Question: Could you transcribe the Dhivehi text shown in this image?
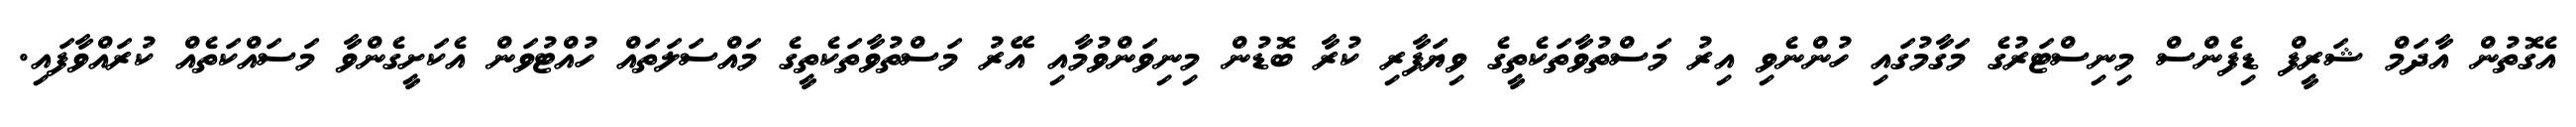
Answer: އެގޮތުން އާދަމް ޝަރީފް ޑިފެންސް މިނިސްޓަރުގެ މަގާމުގައި ހުންނެވި އިރު މަސްތުވާތަކެތީގެ ވިޔަފާރި ކުރާ ބޮޑުން މިނިވަންވުމާއި އޭރު މަސްތުވާތަކެތީގެ މައްސަލަތައް ހުއްޓުވަން އެކަށީގެންވާ މަސައްކަތެއް ކުރައްވާފައި.